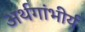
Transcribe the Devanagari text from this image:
अर्थगांभीर्य